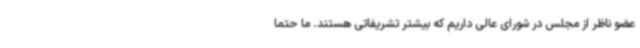
عضو ناظر از مجلس در شورای عالی داریم که بیشتر تشریفاتی هستند. ما حتما